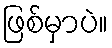
ဖြစ်မှာပဲ။